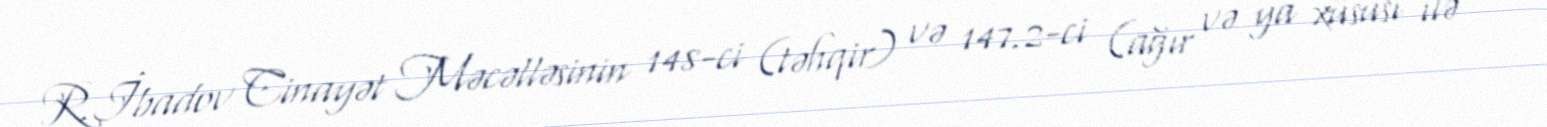
R.İbadov Cinayət Məcəlləsinin 148-ci (təhqir) və 147.2-ci (ağır və ya xüsusi ilə